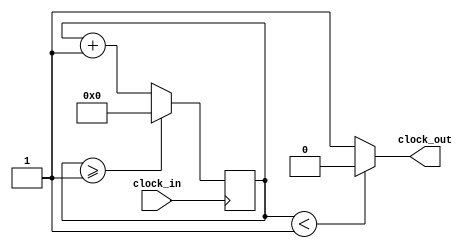
// Licensed to the Apache Software Foundation (ASF) under one
// or more contributor license agreements.  See the NOTICE file
// distributed with this work for additional information
// regarding copyright ownership.  The ASF licenses this file
// to you under the Apache License, Version 2.0 (the
// "License"); you may not use this file except in compliance
// with the License.  You may obtain a copy of the License at
//
//   http://www.apache.org/licenses/LICENSE-2.0
//
// Unless required by applicable law or agreed to in writing,
// software distributed under the License is distributed on an
// "AS IS" BASIS, WITHOUT WARRANTIES OR CONDITIONS OF ANY
// KIND, either express or implied.  See the License for the
// specific language governing permissions and limitations
// under the License.
//
// Description: ascii file load interface
//
// Author.....: Alan Steremberg
// Date.......: 13-8-2019
//
module Clock_divider_ascii(clock_in,clock_out
    );
input clock_in; // input clock on FPGA
output clock_out; // output clock after dividing the input clock by divisor
reg[27:0] counter=28'd0;
parameter DIVISOR = 28'd2;
// The frequency of the output clk_out
//  = The frequency of the input clk_in divided by DIVISOR
// For example: Fclk_in = 50Mhz, if you want to get 1Hz signal to blink LEDs
// You will modify the DIVISOR parameter value to 28'd50.000.000
// Then the frequency of the output clk_out = 50Mhz/50.000.000 = 1Hz
always @(posedge clock_in)
begin
 counter <= counter + 28'd1;
 if(counter>=(DIVISOR-1))
  counter <= 28'd0;
end
assign clock_out = (counter<DIVISOR/2)?1'b0:1'b1;
endmodule


module ascii_input(
    input       clk25,      // 25MHz clock
    input       rst,        // active high reset

    // I/O interface to keyboard
    input       key_clk,    // clock input from keyboard / device
    input ioctl_download,
    input [7:0] textinput_dout,
    input [15:0] textinput_addr,

    // I/O interface to computer
    input       cs,         // chip select, active high
    input       address,    // =0 RX buffer, =1 RX status
    output reg [7:0] dout,   // 8-bit output bus.
    output  data_ready // 8-bit output bus.
);
   wire new_clk;
	Clock_divider_ascii #(4000) cdiv(clk25,new_clk);
	
	

	// save loaded data into ram
   reg [15:0] ascii_last_byte = 16'b0;
   reg [7:0] ascii_data[0:65535]; //65536
   reg [15:0] text_byte = 16'b0;
   reg in_dl = 1'b0;
 
   assign data_ready= in_dl & !ioctl_download;

    reg  prev_ps2_clkdb;    // previous clock state (in clk25 domain)
    
    // keyboard translation signals
    reg [7:0]  ascii;       // ASCII code of received character
    reg ascii_rdy;          // new ASCII character received
    reg shift;              // state of the shift key
    reg [2:0] cur_state;
    reg [2:0] next_state;

    always @(posedge clk25 or posedge rst)
    begin
        if (rst)
        begin
            prev_ps2_clkdb <= 1'b0;
            ascii_rdy   <= 0;
            ascii_last_byte = 16'b0;
        end
        else
        begin
            // and sample the state of the PS/2 data line
            //if ((prev_ps2_clkdb == 1'b1) && (key_clk == 1'b0))
            if ((prev_ps2_clkdb == 1'b1) && (new_clk == 1'b0))
            begin
              // check for negative edge of PS/2 clock
              if (!ascii_rdy & data_ready& (text_byte<=ascii_last_byte))
		        begin
				     case(ascii_data[text_byte])
					  8'h0A: ascii=8'h0D;
					  default: ascii= ascii_data[text_byte];
					  endcase
                 
            	  ascii_rdy   <= 1;
                 $display("inside a %x text_byte %x ascii_last_byte %x",ascii,text_byte,ascii_last_byte);
                 text_byte = text_byte + 16'b00000001;
		        end
            end
            
            // update previous clock state
            prev_ps2_clkdb <= new_clk;//ps2_clkdb;            
            //prev_ps2_clkdb <= key_clk;//ps2_clkdb;            
            
  	         if (ioctl_download)
            begin
                 $display("ioctl_download: %x",textinput_addr);
                 ascii_data[textinput_addr] = textinput_dout;
                 ascii_last_byte = textinput_addr;
                 text_byte = 16'b0;
                 in_dl=1'b1;
            end
            else
            begin
               // if (in_dl & text_byte>=(ascii_last_byte+1) & !ascii_rdy)
               // if (in_dl & text_byte>(ascii_last_byte+1) & !ascii_rdy)
                if (in_dl & text_byte>(ascii_last_byte) )
                    begin
                       in_dl=1'b0;
                       $display("indl %x",in_dl);
                       $display("ascii_rdy %x",ascii_rdy);
                    end
            end

            // handle I/O from CPU
            if (cs == 1'b1)
            begin
                if (address == 1'b0)
                begin
                    // RX buffer address
                    dout <= {1'b1, ascii[6:0]};
                 $display("put ascii  %x in_dl %x text_byte %x ascii_last_byte %x ascii_rdy %x",ascii,in_dl,text_byte,ascii_last_byte,ascii_rdy);
                    ascii_rdy <= 1'b0;
                end
                else
                begin
                    // RX status register
                    dout <= {ascii_rdy, 7'b0};
                end
            end
           
          end
			 end

endmodule